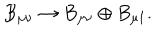
B _ { \mu \nu } \to B _ { \mu \nu } \oplus B _ { \mu 1 } .